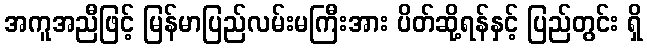
အကူအညီဖြင့် မြန်မာပြည်လမ်းမကြီးအား ပိတ်ဆို့ရန်နှင့် ပြည်တွင်း ရှိ